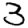
Digit: 3